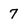
Character: 7